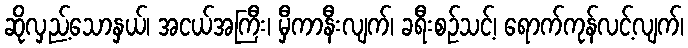
ဆိုလှည့်သောနှယ်၊ အငယ်အကြီး၊ မှီကာနီးလျက်၊ ခရီးစဉ်သင့်၊ ရောက်ကုန်လင့်လျက်၊